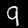
Digit: 9